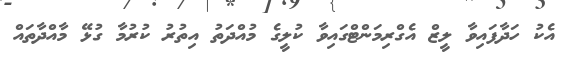
އެކު ހަދާފައިވާ ލީޒް އެގްރިމަންޓްގައިވާ ކުލީގެ މުއްދަތު އިތުރު ކުރުމާ ގުޅޭ މާއްދާތައް